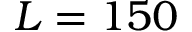
L = 1 5 0